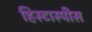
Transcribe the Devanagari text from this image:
हिस्टास्पीस